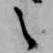
之